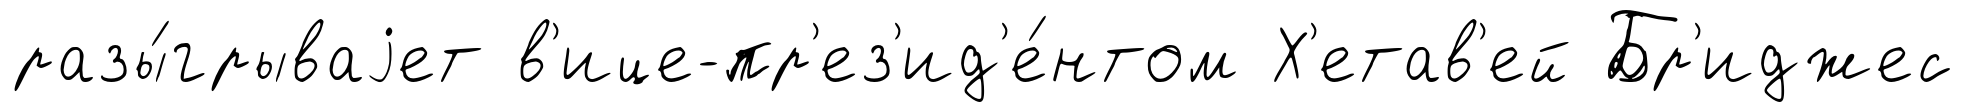
разы́грываjет в'ице-пр'ез'ид'е́нтом Х'етав'ей Бр'иджес